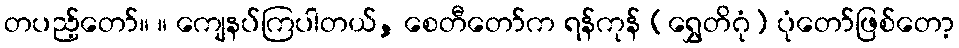
တပည့်တော်။ ။ ကျေနပ်ကြပါတယ်, စေတီတော်က ရန်ကုန် (ရွှေတိဂုံ) ပုံတော်ဖြစ်တော့